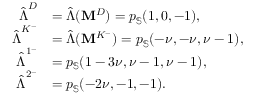
\begin{array} { r l } { \hat { \boldsymbol { \Lambda } } ^ { D } } & { = \hat { \boldsymbol { \Lambda } } ( \mathbf { M } ^ { D } ) = p _ { \mathbb { S } } ( 1 , 0 , - 1 ) , } \\ { \hat { \boldsymbol { \Lambda } } ^ { K ^ { - } } } & { = \hat { \boldsymbol { \Lambda } } ( \mathbf { M } ^ { K ^ { - } } ) = p _ { \mathbb { S } } ( - \nu , - \nu , \nu - 1 ) , } \\ { \hat { \boldsymbol { \Lambda } } ^ { 1 ^ { - } } } & { = p _ { \mathbb { S } } ( 1 - 3 \nu , \nu - 1 , \nu - 1 ) , } \\ { \hat { \boldsymbol { \Lambda } } ^ { 2 ^ { - } } } & { = p _ { \mathbb { S } } ( - 2 \nu , - 1 , - 1 ) . } \end{array}